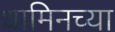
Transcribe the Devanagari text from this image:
थामिनच्या